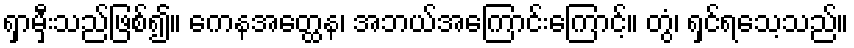
ရှာမှီးသည်ဖြစ်၍။ ကေနအတ္ထေန၊ အဘယ်အကြောင်းကြောင့်။ တွံ၊ ရှင်ရသေ့သည်။